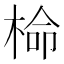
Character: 椧